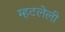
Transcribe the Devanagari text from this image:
म्हटलेली